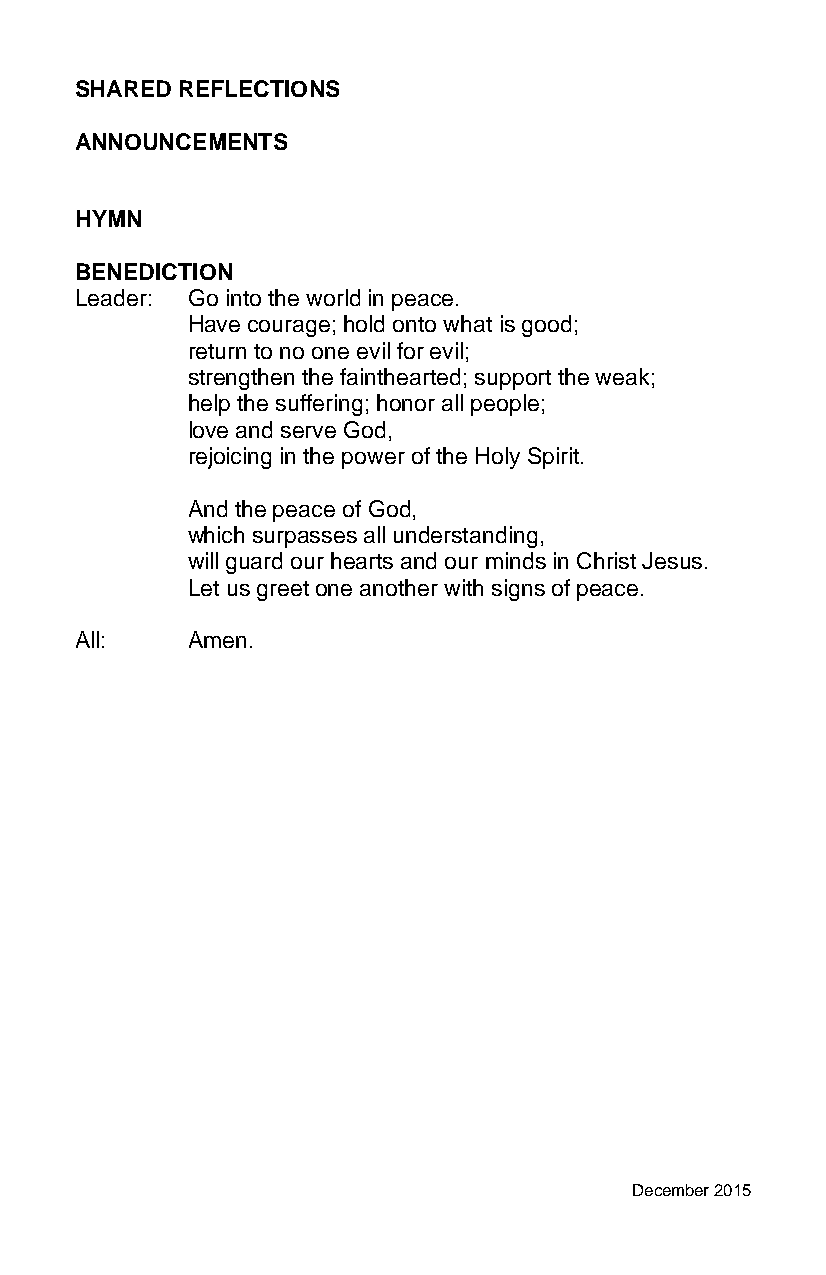
SHARED REFLECTIONS
 ANNOUNCEMENTS
 HYMN
 BENEDICTION
 Leader: Go into the world in peace.
 Have courage; hold onto what is good;
 return to no one evil for evil;
 strengthen the fainthearted; support the weak;
 help the suffering; honor all people;
 love and serve God,
 rejoicing in the power of the Holy Spirit.
 And the peace of God,
 which surpasses all understanding,
 will guard our hearts and our minds in Christ Jesus.
 Let us greet one another with signs of peace.
 All:   Amen.
 December 2015